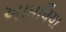
આમલિયા